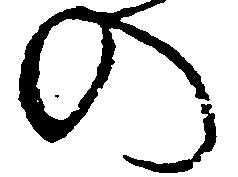
の